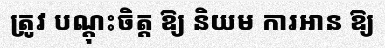
ត្រូវ បណ្តុះចិត្ត ឱ្យ និយម ការអាន ឱ្យ